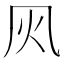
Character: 㶡